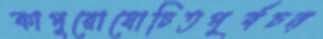
কাপুরোষোচিতপূর্বচন্